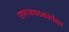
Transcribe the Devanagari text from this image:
समाजघटकांपेक्षा